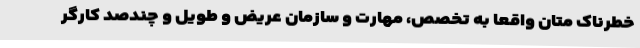
خطرناک متان واقعا به تخصص، مهارت و سازمان عریض و طویل و چندصد کارگر